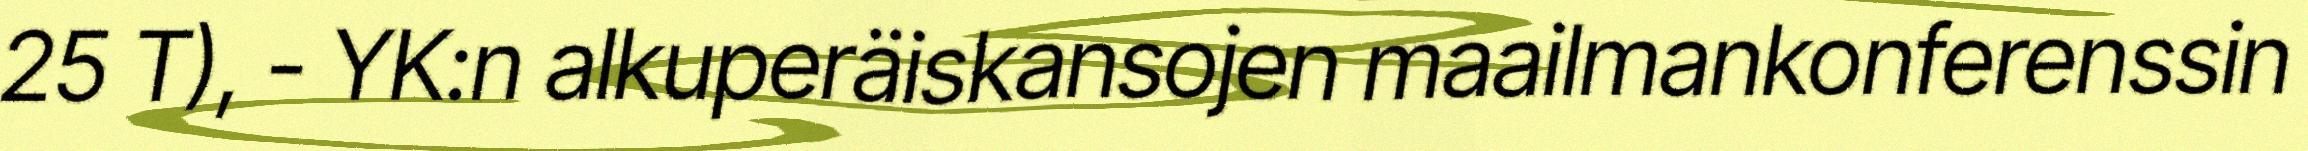
25 T), - YK:n alkuperäiskansojen maailmankonferenssin